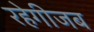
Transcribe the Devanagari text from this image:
रहेगीजब